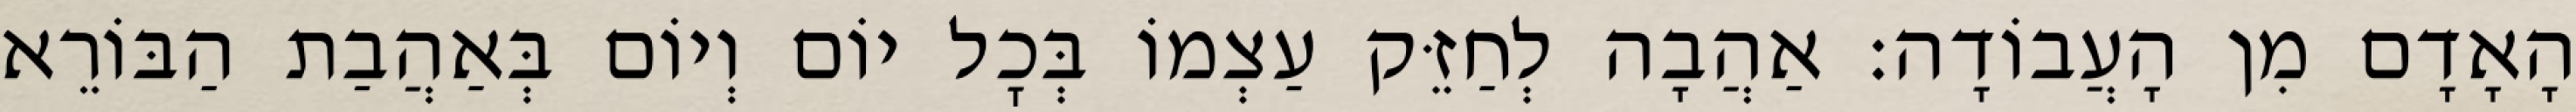
הָאָדָם מִן הָעֲבוֹדָה: אַהֲבָה לְחַזֵּק עַצְמוֹ בְּכׇל יוֹם וְיוֹם בְּאַהֲבַת הַבּוֹרֵא